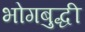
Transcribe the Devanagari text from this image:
भोगबुद्धी